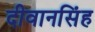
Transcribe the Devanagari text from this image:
दीवानसिंह